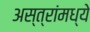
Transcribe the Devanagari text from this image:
अस्त्रांमध्ये